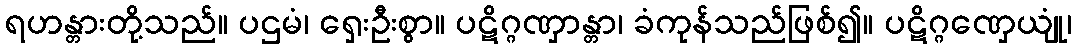
ရဟန္တားတို့သည်။ ပဌမံ၊ ရှေးဦးစွာ။ ပဋိဂ္ဂဏှာန္တာ၊ ခံကုန်သည်ဖြစ်၍။ ပဋိဂ္ဂဏှေယျုံ၊